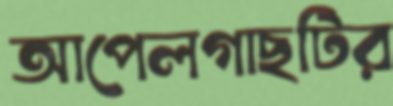
আপেলগাছটির